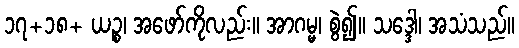
၁၇+၁၈+ ယဉ္စ၊ အဖော်ကိုလည်း။ အာဂမ္မ၊ စွဲ၍။ သဒ္ဒေါ၊ အသံသည်။